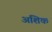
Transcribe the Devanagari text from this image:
अशिक